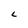
Character: L